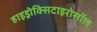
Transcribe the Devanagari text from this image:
हाइड्रोक्सिटाइरोसॉल